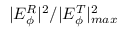
| E _ { \phi } ^ { R } | ^ { 2 } / | E _ { \phi } ^ { T } | _ { m a x } ^ { 2 }